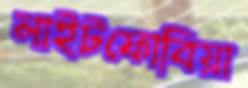
লাইটফোবিয়া